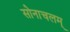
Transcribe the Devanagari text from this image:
सोनाचलम्